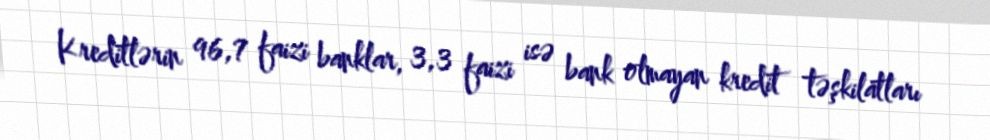
Kreditlərin 96,7 faizi banklar, 3,3 faizi isə bank olmayan kredit təşkilatları